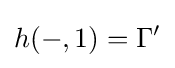
h(-,1)=\Gamma '